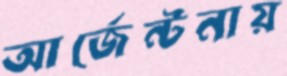
আর্জেন্টনায়